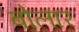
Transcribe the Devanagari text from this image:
बोलार